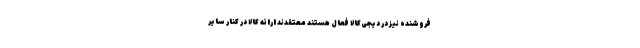
فروشنده نیز در دیجی‌کالا فعال هستند معتقدند ارائه کالا در کنار سایر